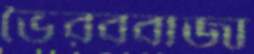
ভৈরববাজা